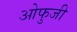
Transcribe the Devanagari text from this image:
ओफुजी